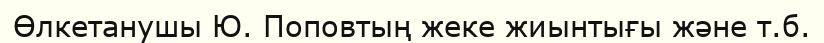
Өлкетанушы Ю. Поповтың жеке жиынтығы және т.б.